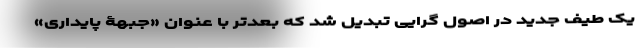
یک طیف جدید در اصول گرایی تبدیل شد که بعدتر با عنوان «جبهۀ پایداری»